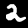
Digit: 2